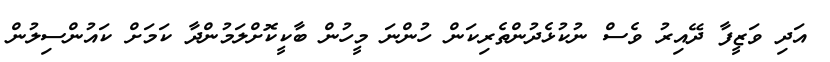
އަދި ވަޒީފާ ދޭއިރު ވެސް ނުކުޅެދުންތެރިކަން ހުންނަ މީހުން ބާކީކޮށްލަމުންދާ ކަމަށް ކައުންސިލުން